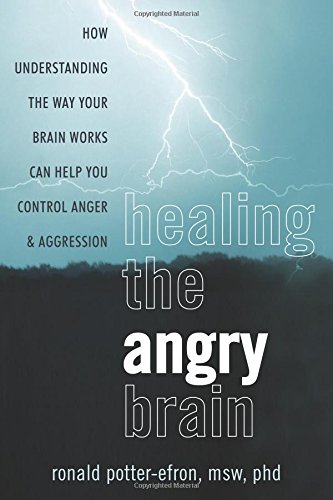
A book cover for Healing the Angry Brain: How Understanding the Way Your Brain Works Can Help You Control Anger and Aggression; Ronald Potter-Efron MSW  PhD; Self-Help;